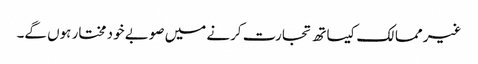
غیر ممالک کیساتھ تجارت کرنے میں صوبے خود مختار ہوں گے۔